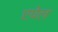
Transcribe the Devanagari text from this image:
एपेल